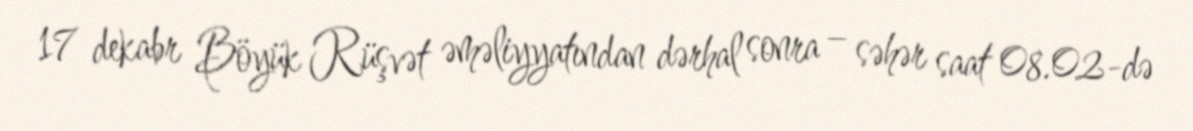
17 dekabr Böyük Rüşvət əməliyyatından dərhal sonra – səhər saat 08.02-də